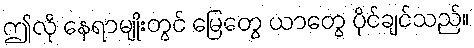
ဤလို နေရာမျိုးတွင် မြေတွေ ယာတွေ ပိုင်ချင်သည်။